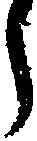
う